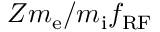
{ Z m _ { \mathrm { e } } } / { m _ { \mathrm { i } } } f _ { \mathrm { { R F } } }